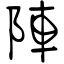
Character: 陣